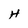
Character: H